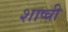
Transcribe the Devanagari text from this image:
शाष्त्री